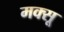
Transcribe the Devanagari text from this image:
मक्सू